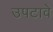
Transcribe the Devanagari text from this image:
उपटावे